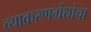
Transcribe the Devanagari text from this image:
व्याकरणग्रंथांचा